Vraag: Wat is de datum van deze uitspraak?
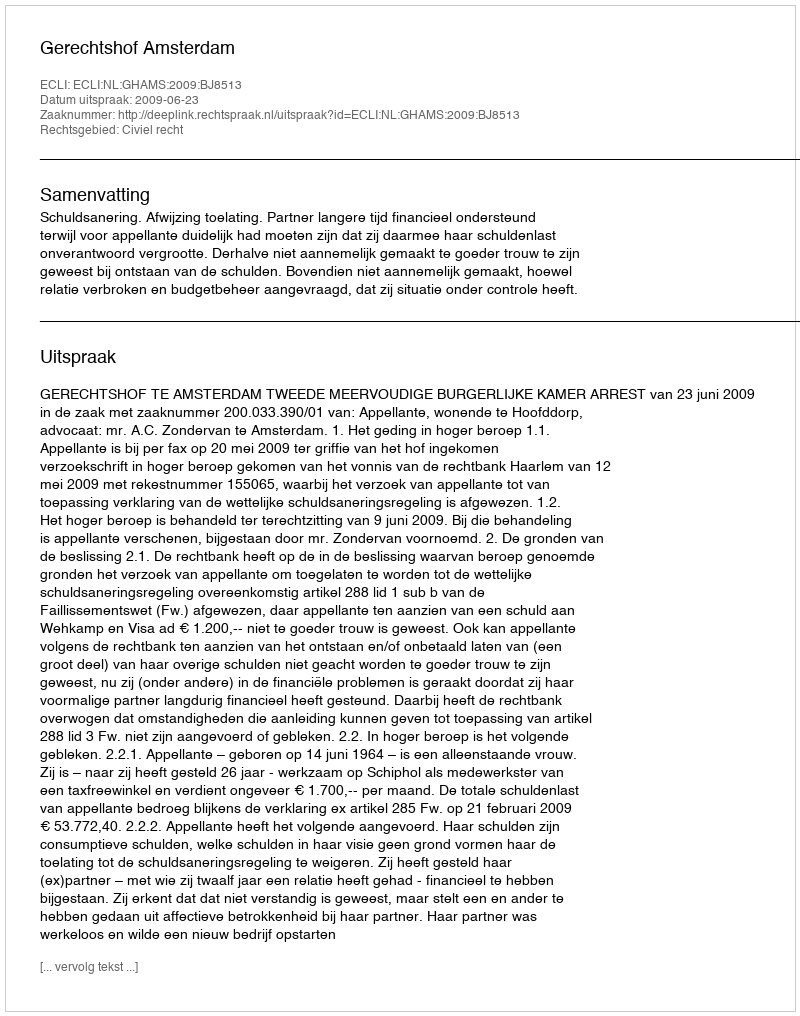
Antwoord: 2009-06-23